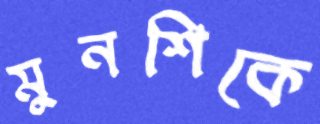
মুনশিকে